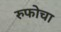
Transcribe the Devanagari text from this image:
रुफोचा